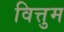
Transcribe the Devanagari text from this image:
वित्तुम